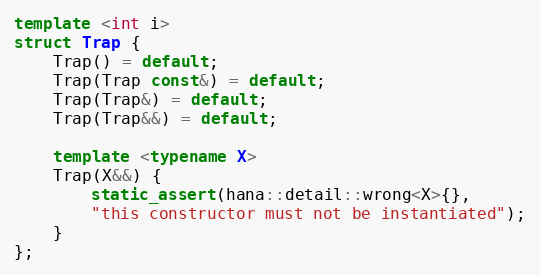
Language: C++
template <int i>
struct Trap {
    Trap() = default;
    Trap(Trap const&) = default;
    Trap(Trap&) = default;
    Trap(Trap&&) = default;

    template <typename X>
    Trap(X&&) {
        static_assert(hana::detail::wrong<X>{},
        "this constructor must not be instantiated");
    }
};